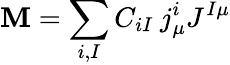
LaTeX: {\cal\mathbf{M}}=\sum_{i,I}C_{iI}\: j_{\mu}^{i}J^{I\mu}